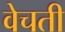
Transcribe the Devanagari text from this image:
वेचती